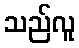
သည်လူ